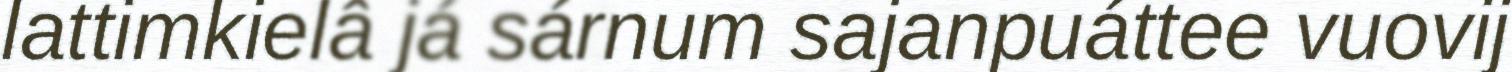
lattimkielâ já sárnum sajanpuáttee vuovij